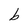
Character: b